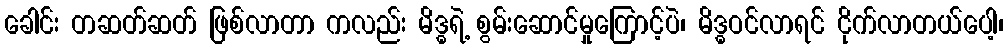
ခေါင်း တဆတ်ဆတ် ဖြစ်လာတာ ကလည်း မိဒ္ဓရဲ့ စွမ်းဆောင်မှုကြောင့်ပဲ၊ မိဒ္ဓဝင်လာရင် ငိုက်လာတယ်ပေါ့၊